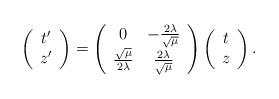
LaTeX: \begin{align*}\left(\begin{array}{c}t^{\prime } \\z^{\prime }\end{array}\right) =\left(\begin{array}{cc}0 & -\frac{2\lambda }{\sqrt{\mu }} \\\frac{\sqrt{\mu }}{2\lambda } & \frac{2\lambda }{\sqrt{\mu }}\end{array}\right) \left(\begin{array}{c}t \\z\end{array}\right) . \end{align*}